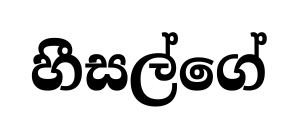
හීසල්ගේ